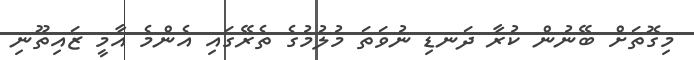
މިގޮތަށް ބޭނުން ކުރާ ދަނޑި ނުވަތަ މުލުމުގެ ތެރޭގައި އެންމެ އާމީ ޒައިތޫނި